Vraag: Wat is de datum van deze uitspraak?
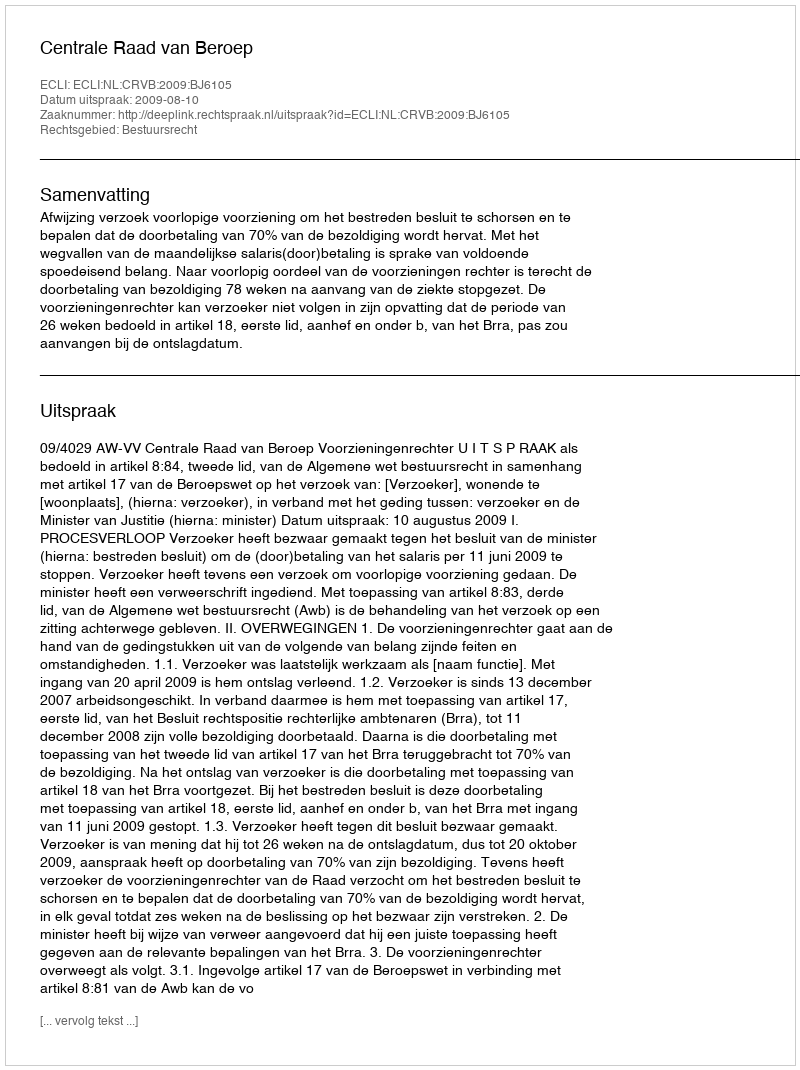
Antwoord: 2009-08-10